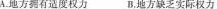
A.地方拥有适度权利 B.地方缺乏实际权力